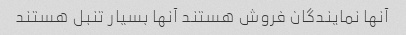
آنها نمایندگان فروش هستند آنها بسیار تنبل هستند